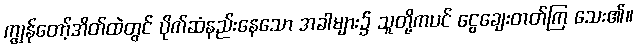
ကျွန်တော့်အိတ်ထဲတွင် ပိုက်ဆံနည်းနေသော အခါများ၌ သူတို့ကပင် ငွေချေးတတ်ကြ သေး၏။